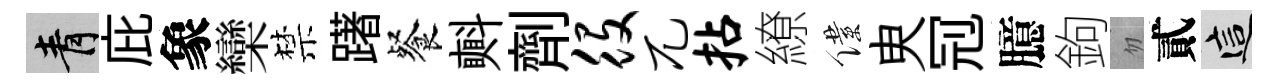
青庇象欒禁躇餐㪺劑役兀拈繚僕㬰𠜍臆鉤忽貳這